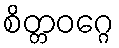
စိတ္တဝဂ္ဂေ